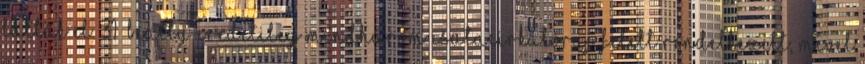
látták el. 31 Beatty eredetileg mindhárom csatacirkálóraj felett rendelkezett, mivel